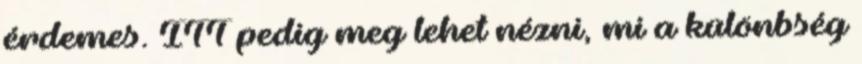
érdemes. ITT pedig meg lehet nézni, mi a különbség